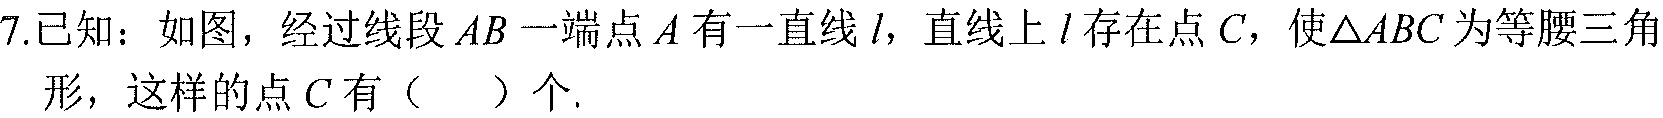
7.已知：如图，经过线段\(AB\)一端点\(A\)有一直线\(l\)，直线上\(l\)存在点\(C\)，使\(\triangle ABC\)为等腰三角形，这样的点\(C\)有（  ）个.